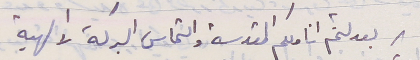
بعد لثم اناملكم المقدسة والتماس البركة الالهية